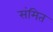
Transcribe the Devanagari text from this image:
संमित